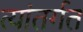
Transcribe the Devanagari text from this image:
त्यांतर्गत